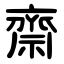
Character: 齋